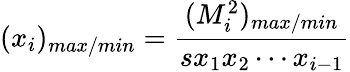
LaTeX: (x_{i})_{max/min}=\frac{(M_{i}^{2})_{max/min}}{sx_{1}x_{2}\cdots x_{i-1}}